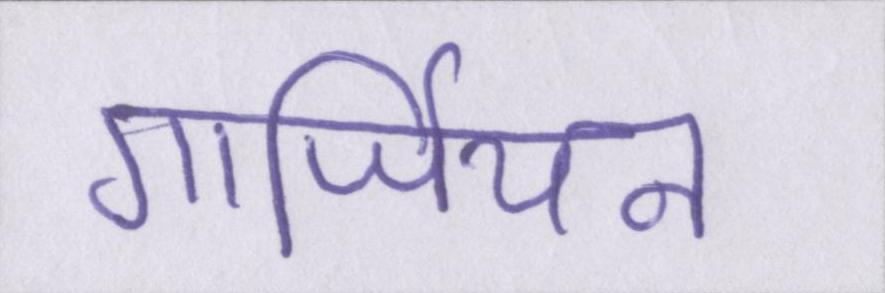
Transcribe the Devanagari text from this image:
गार्जियन